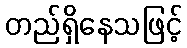
တည်ရှိနေသဖြင့်